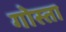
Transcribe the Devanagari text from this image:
गोस्ता